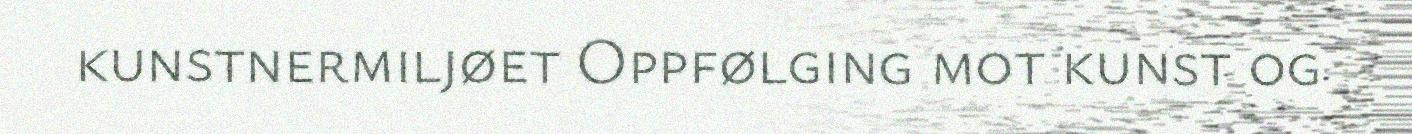
kunstnermiljøet Oppfølging mot kunst og